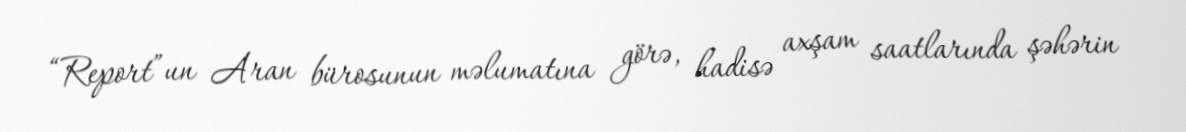
“Report”un Aran bürosunun məlumatına görə, hadisə axşam saatlarında şəhərin